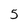
Character: 5